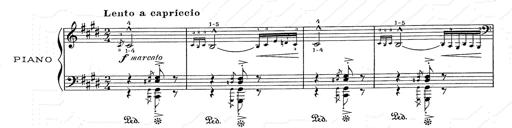
Title: Hungarian Rhapsody No.2
Composer: Franz Liszt
Key: C-sharp minor